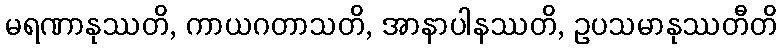
မရဏာနုဿတိ, ကာယဂတာသတိ, အာနာပါနဿတိ, ဥပသမာနုဿတီတိ